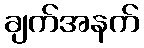
ချက်အနက်